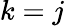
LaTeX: k=j